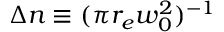
\Delta n \equiv ( \pi r _ { e } w _ { 0 } ^ { 2 } ) ^ { - 1 }